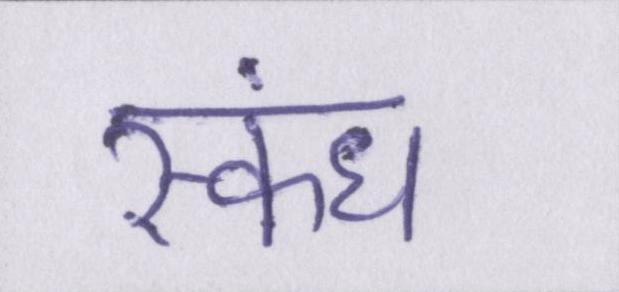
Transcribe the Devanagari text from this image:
स्कंध